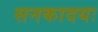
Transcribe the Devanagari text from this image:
सनकादयः